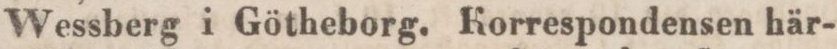
Wessberg i Götheborg. Korrespondensen här-